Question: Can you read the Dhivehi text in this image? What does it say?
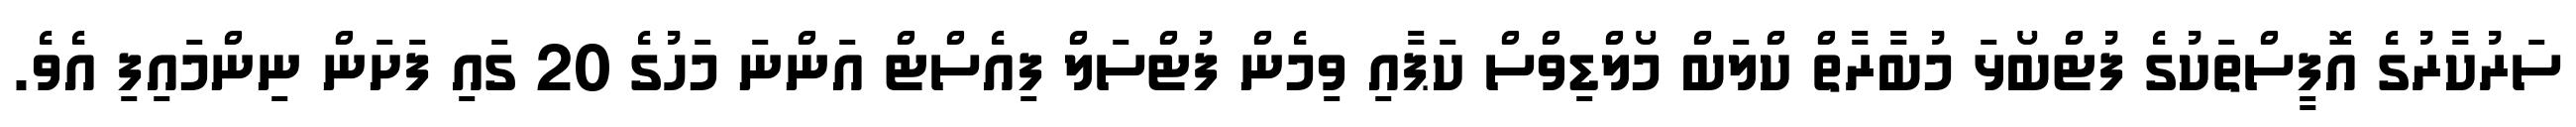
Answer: ސަރުކާރުގެ އޮފީސްތަކުގެ ފުޓްބޯޅަ މުބާރާތް ކްލަބް މޯލްޑިވްސް ކަޕާއި ވިމެން ފުޓްސަލް ފިއެސްޓް އަންނަ މަހުގެ 20 ގައި ފަށަން ނިންމައިފި އެވެ.